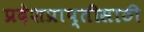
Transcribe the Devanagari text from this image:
प्रदेशप्राप्तीसाठी